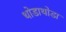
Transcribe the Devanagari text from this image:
थोडाथोडा